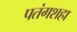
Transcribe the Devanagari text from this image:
पतंगशहा